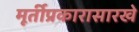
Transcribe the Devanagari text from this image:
मूर्तीप्रकारासारखे